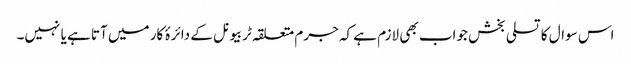
اس سوال کا تسلی بخش جواب بھی لازم ہے کہ جرم متعلقہ ٹربیونل کے دائرۂ کار میں آتا ہے یا نہیں۔